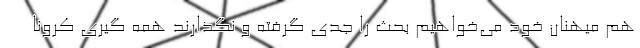
هم میهنان خود می‌خواهیم بحث را جدی گرفته و نگذارند همه گیری کرونا